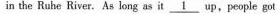
in the Ruhe River.As long as it \underline{1} up,people got